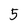
Character: 5